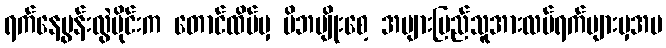
ရက်နေ့မွန်းလွဲပိုင်းက တောင်ထိပ်မှ မိဘမျိုးစေ့ အများပြည်သူအားလပ်ရက်များမှအပ